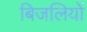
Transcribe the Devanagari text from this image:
बिजलियों